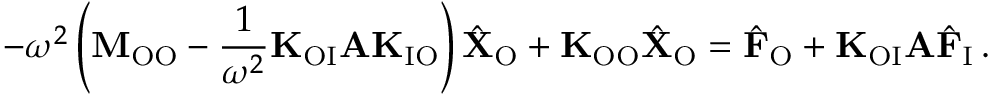
- \omega ^ { 2 } \left( \mathbf { M } _ { \mathrm { O O } } - \frac { 1 } { \omega ^ { 2 } } \mathbf { K } _ { \mathrm { O I } } \mathbf { A } \mathbf { K } _ { \mathrm { I O } } \right) \hat { \mathbf { X } } _ { \mathrm { O } } + \mathbf { K } _ { \mathrm { O O } } \hat { \mathbf { X } } _ { \mathrm { O } } = \hat { \mathbf { F } } _ { \mathrm { O } } + \mathbf { K } _ { \mathrm { O I } } \mathbf { A } \hat { \mathbf { F } } _ { \mathrm { I } } \, .